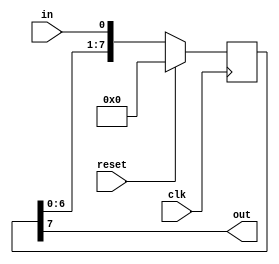
`timescale 1ns / 1ps
//////////////////////////////////////////////////////////////////////////////////
// Company: 
// Engineer: 
// 
// Design Name: 
// Module Name:    task02 
// Project Name: 
// Target Devices: 
// Tool versions: 
// Description: 
//
// Dependencies: 
//
// Revision: 
// Revision 0.01 - File Created
// Additional Comments: 
//
//////////////////////////////////////////////////////////////////////////////////
module task02(
	input in,
	input reset,
	input clk,
	output out
    );
	 
	 reg [7:0] tmp;
	 
	 always @(posedge clk) begin
		if (reset)
			tmp = 8'b0;
		else begin
			tmp = {tmp[6:0], in};
		end
	 end
	 
	 assign out = tmp[7];

endmodule